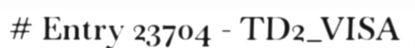
# Entry 23704 - TD2_VISA